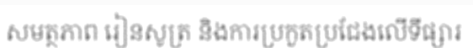
សមត្ថភាព រៀនសូត្រ និងការប្រកួតប្រជែងលើទីផ្សារ